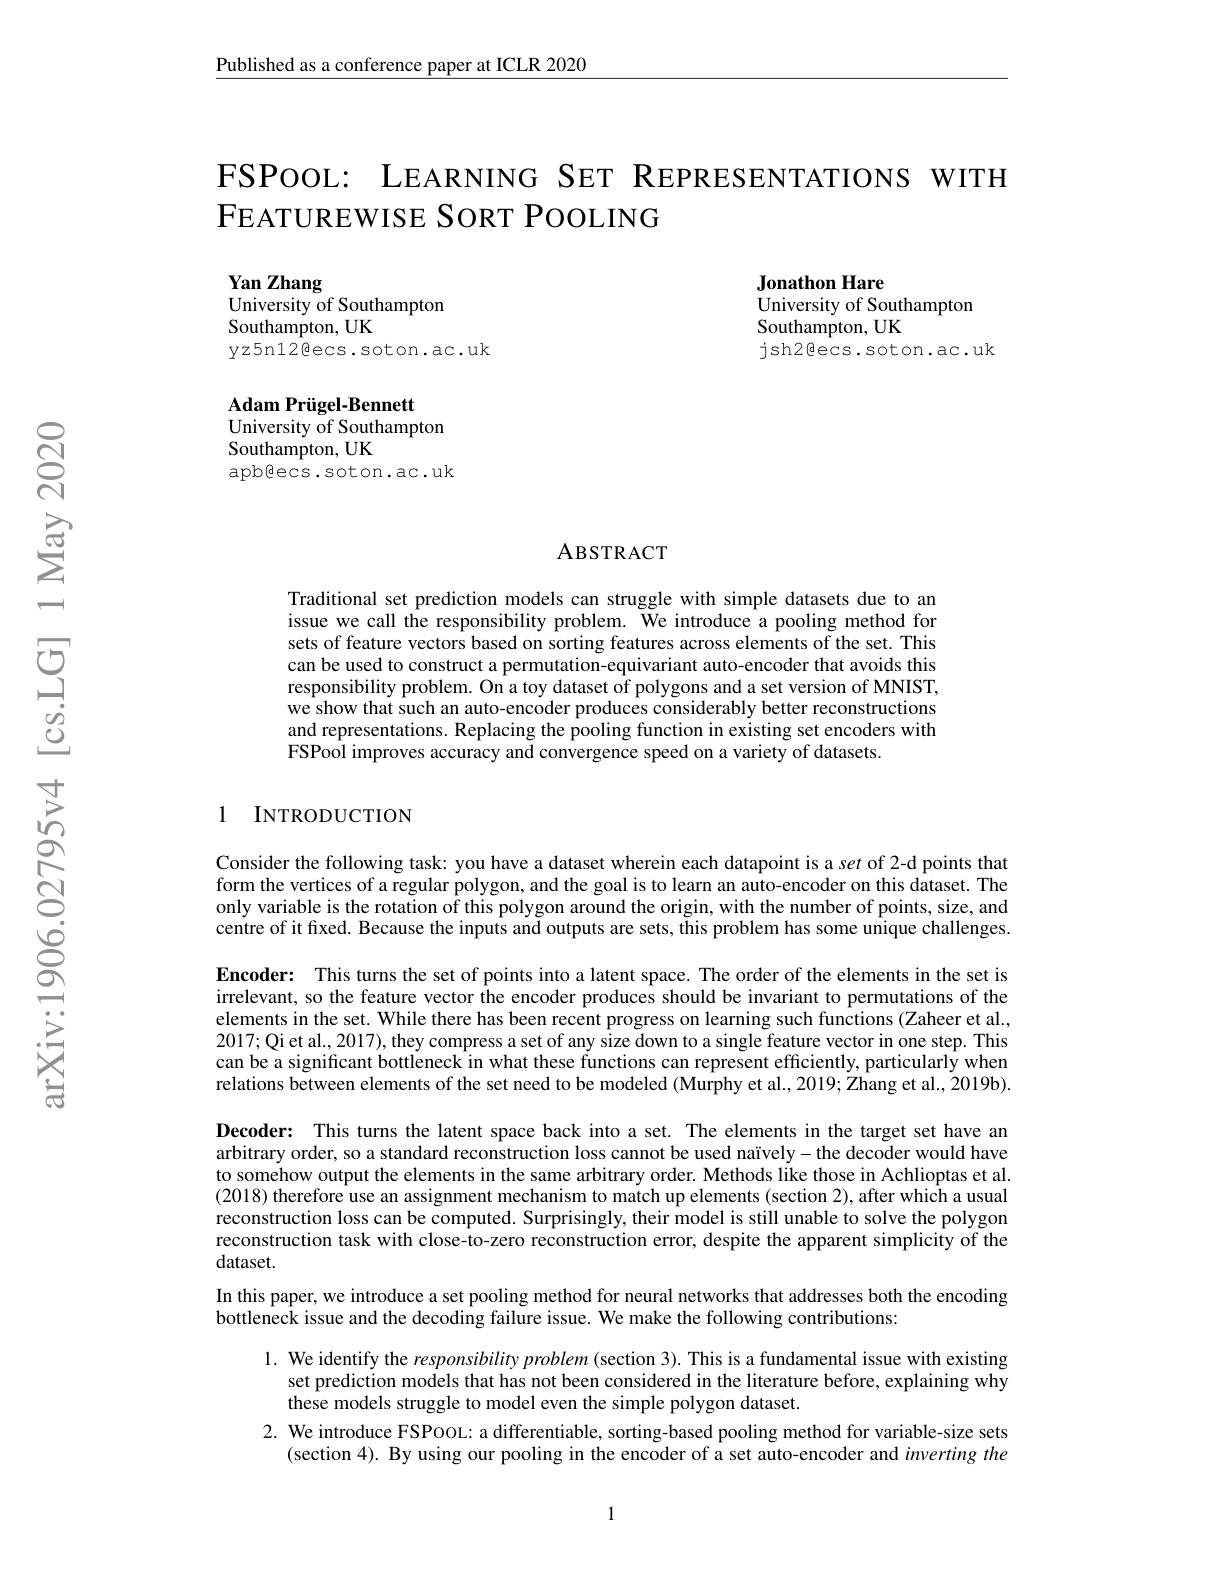
Published as a conference paper at ICLR 2020

FSPOOL: LEARNING SET REPRESENTATIONS WITH
FEATUREWISE SORT POOLING

Jonathon Hare
University of Southampton
Southampton, UK
jsh2@ecs.soton.ac.uk

Yan Zhang
University of Southampton
Southampton, UK
yz5n12Eecs.soton.ac.uk

$\mathbf{AdamPr\"{u}gel-Bennett}$
University of Southampton
Southampton, UK
apbêcs.soton.ac.uk

ABSTRACT

Traditional set prediction models can struggle with simple datasets due to an issue we call the responsibility problem. We introduce a pooling method for sets of feature vectors based on sorting features across elements of the set. This can be used to construct a permutation-equivariant auto-encoder that avoids this responsibility problem. On a toy dataset of polygons and a set version of MNIST, we show that such an auto-encoder produces considerably better reconstructions and representations. Replacing the pooling function in existing set encoders with FSPool improves accuracy and convergence speed on a variety of datasets.

### 1 INTRODUCTION

Consider the following task: you have a dataset wherein each datapoint is a set of 2-d points that form the vertices of a regular polygon, and the goal is to learn an auto-encoder on this dataset. The only variable is the rotation of this polygon around the origin, with the number of points, size, and centre of it fixed. Because the inputs and outputs are sets, this problem has some unique challenges. Encoder: This turns the set of points into a latent space. The order of the elements in the set is irrelevant, so the feature vector the encoder produces should be invariant to permutations of the elements in the set. While there has been recent progress on learning such functions (Zaheer et al., 2017; Qi et al., 2017), they compress a set of any size down to a single feature vector in one step. This can be a significant bottleneck in what these functions can represent efficiently, particularly when relations between elements of the set need to be modeled (Murphy et al., 2019; Zhang et al., 2019b). Decoder: This turns the latent space back into a set. The elements in the target set have an arbitrary order, so a standard reconstruction loss cannot be used naïvely- the decoder would have to somehow output the elements in the same arbitrary order. Methods like those in Achlioptas et al. (2018) therefore use an assignment mechanism to match up elements (section 2), after which a usual reconstruction loss can be computed. Surprisingly, their model is still unable to solve the polygon reconstruction task with close-to-zero reconstruction error, despite the apparent simplicity of the dataset.

In this paper, we introduce a set pooling method for neural networks that addresses both the encoding
bottleneck issue and the decoding failure issue. We make the following contributions:

1. We identify the responsibility problem (section 3). This is a fundamental issue with existing
set prediction models that has not been considered in the literature before, explaining why
these models struggle to model even the simple polygon dataset.
2. We introduce FSPOOL: a differentiable, sorting-based pooling method for variable-size sets
(section 4). By using our pooling in the encoder of a set auto-encoder and inverting the

1